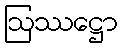
ဩဿဋ္ဌော